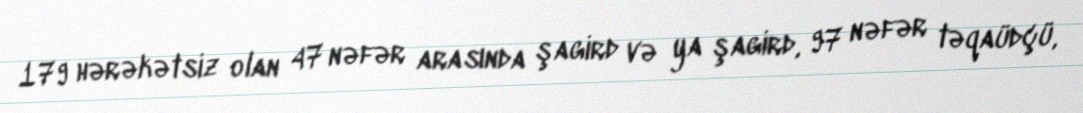
179 hərəkətsiz olan 47 nəfər arasında şagird və ya şagird, 97 nəfər təqaüdçü,